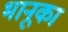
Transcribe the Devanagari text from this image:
भानूका